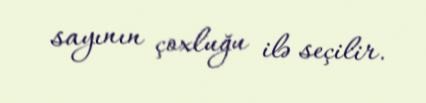
sayının çoxluğu ilə seçilir.